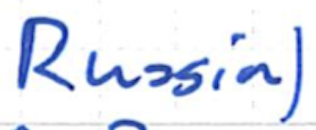
Text: Russia)
Cross-out: clean
Writing tool: ballpoint